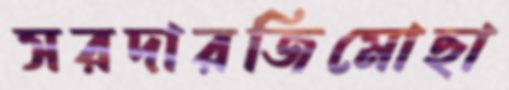
সরদারজিমোছা